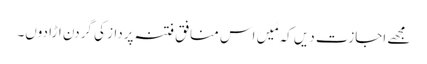
مجھے اجازت دیں کہ مَیں اس منافق فتنہ پرداز کی گردن اڑا دوں۔